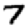
Digit: 7